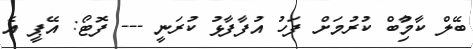
ބޭލް ކާމިުާބް ކުރުމަށް ފަހު އުފާފާޅު ކުރަނީ --- ފޮޓޯ: އޭޕީ އެ